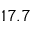
1 7 . 7